Annual report of the Madras Medical College
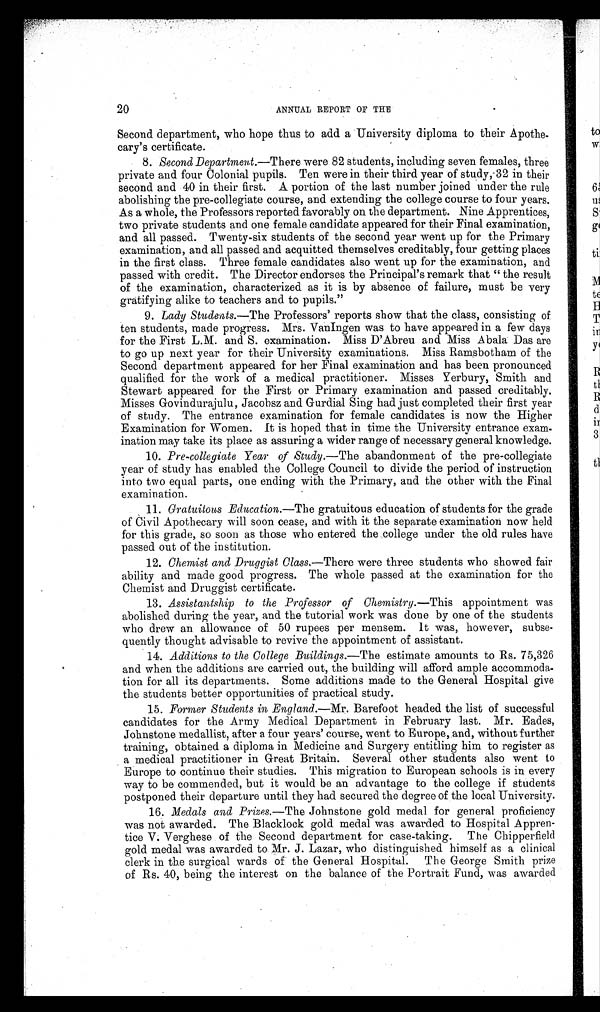
20
ANNUAL REPORT OF THE
Second department, who hope thus to add a University diploma to their Apothe-
cary's certificate.
8. Second Department.—There were 82 students, including seven females, three
private and four Colonial pupils. Ten were in their third year of study,.32 in their
second and 40 in their first. A portion of the last number joined under the rule
abolishing the pre-collegiate course, and extending the college course to four years.
As a whole, the Professors reported favorably on the department. Nine Apprentices,
two private students and one female candidate appeared for their Final examination,
and all passed. Twenty-six students of the second year went up for the Primary
examination, and all passed and acquitted themselves creditably, four getting places
in the first class. Three female candidates also went up for the examination, and
passed with credit. The Director endorses the Principal's remark that "the result
of the examination, characterized as it is by absence of failure, must be very
gratifying alike to teachers and to pupils."
9. Lady Students.— The Professors' reports show that the class, consisting of
ten students, made progress. Mrs. VanIngen was to have appeared in a few days
for the First L.M. and S. examination. Miss D'Abreu and Miss Abala Das are
to go up next year for their University examinations. Miss Ramsbotham of the
Second department appeared for her Final examination and has been pronounced
qualified for the work of a medical practitioner. Misses Yerbury, Smith and
Stewart appeared for the First or Primary examination and passed creditably.
Misses Govindurajulu, Jacobsz and Gurdial Sing had just completed their first year
of study. The entrance examination for female candidates is now the Higher
Examination for Women. It is hoped that in time the University entrance exam-
ination may take its place as assuring a wider range of necessary general knowledge.
10. Pre-collegiate Year of Study .—The abandonment of the pre-collegiate
year of study has enabled the College Council to divide the period of instruction
into two equal parts, one ending with the Primary, and the other with the Final
examination.
11. Gratuitous Education.—The gratuitous education of students for the grade
of Civil Apothecary will soon cease, and with it the separate examination now held
for this grade, so soon as those who entered the college under the old rules have
passed out of the institution.
12. Chemist and Druggist Class,—There were three students who showed fair
ability and made good progress. The whole passed at the examination for the
Chemist and Druggist certificate.
13. Assistantship to the Professor of Chemistry.—This appointment was
abolished during the year, and the tutorial work was done by one of the students
who drew an allowance of 50 rupees per mensem. It was, however, subse-
quently thought advisable to revive the appointment of assistant.
14. Additions to the College Buildings.— The estimate amounts to Rs. 75,326
and when the additions are carried out, the building will afford ample accommoda-
tion for all its departments. Some additions made to the General Hospital give
the students better opportunities of practical study.
15. Former Students in England.—Mr. Barefoot headed the list of successful
candidates for the Army Medical Department in February last. Mr. Eades,
Johnstone medallist, after a four years' course, went to Europe, and, without further
training, obtained a diploma in Medicine and Surgery entitling him to register as
a medical practitioner in Great Britain. Several other students also went to
Europe to continue their studies. This migration to European schools is in every
way to be commended, but it would be an advantage to the college if students
postponed their departure until they had secured the degree of the local University.
16. Medals and Prizes.—The Johnstone gold medal for general proficiency
was not awarded. The Blacklock gold medal was awarded to Hospital Appren-
tice V. Verghese of the Second department for case-taking. The Chipperfield
gold medal was awarded to Mr. J. Lazar, who distinguished himself as a clinical
clerk in the surgical wards of the General Hospital. The George Smith prize
of Rs. 40, being the interest on the balance of the Portrait Fund, was awarded